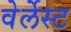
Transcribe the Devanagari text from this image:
वेर्लेस्ट